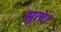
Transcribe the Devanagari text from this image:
सुता।